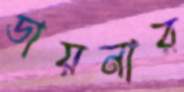
ডায়নার